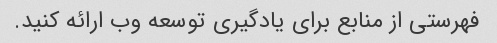
فهرستی از منابع برای یادگیری توسعه وب ارائه کنید.